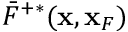
\bar { F } ^ { + * } ( { \bf x } , { \bf x } _ { F } )